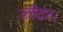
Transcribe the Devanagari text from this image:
लीटर।